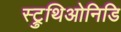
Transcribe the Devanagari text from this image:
स्ट्रुथिओनिडि